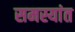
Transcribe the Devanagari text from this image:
समस्यांत